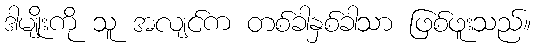
ဒါမျိုးကို သူ အလျင်က တစ်ခါနှစ်ခါသာ ဖြစ်ဖူးသည်။